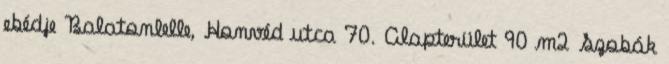
ebédje Balatonlelle, Honvéd utca 70. Alapterület 90 m2 Szobák